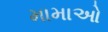
મામાઓ